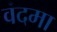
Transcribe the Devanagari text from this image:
वंदमा